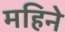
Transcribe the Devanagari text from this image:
महिनेे